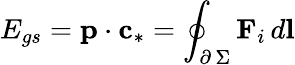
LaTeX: E_{gs}=\textbf{p}\cdot\textbf{c}_{*}=\oint_{\scriptstyle\partial\, \Sigma}\textbf{F}_{i}\, d\textbf{l}